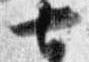
七